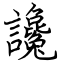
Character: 讒